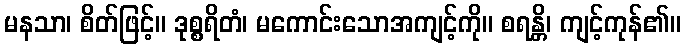
မနသာ၊ စိတ်ဖြင့်။ ဒုစ္စရိတံ၊ မကောင်းသောအကျင့်ကို။ စရန္တိ၊ ကျင့်ကုန်၏။